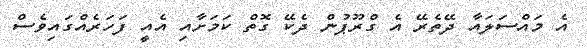
އެ މައްސަލައާ ދޭތެރޭ އެ ގްރޫޕުން ދެކޭ ގޮތް ކަމަށާއި އެއީ ފަހަރެއްގައިވެސް